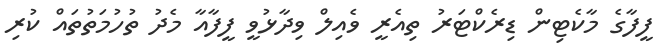
ފީފާގެ މާކެޓިން ޑިރެކްޓަރު ތިއެރީ ވެއިލް ވިދާޅުވީ ފީފާއާ މެދު ތުހުމަތުތައް ކުރި